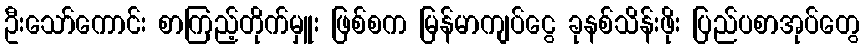
ဦးသော်ကောင်း စာကြည့်တိုက်မှူး ဖြစ်စက မြန်မာကျပ်ငွေ ခုနစ်သိန်းဖိုး ပြည်ပစာအုပ်တွေ